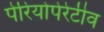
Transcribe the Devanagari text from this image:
पेरियोपेरेटीव